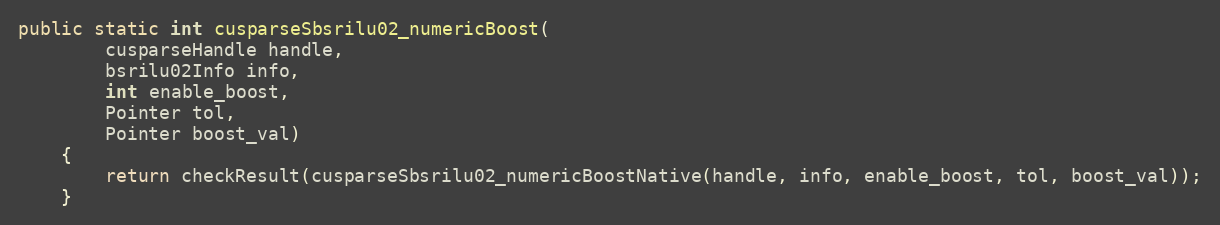
Language: Java
public static int cusparseSbsrilu02_numericBoost(
        cusparseHandle handle,
        bsrilu02Info info,
        int enable_boost,
        Pointer tol,
        Pointer boost_val)
    {
        return checkResult(cusparseSbsrilu02_numericBoostNative(handle, info, enable_boost, tol, boost_val));
    }